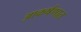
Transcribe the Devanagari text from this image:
आकर्षणात